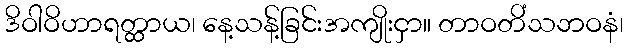
ဒိဝါဝိဟာရတ္ထာယ၊ နေ့သန့်ခြင်းအကျိုးငှာ။ တာဝတိံသဘဝနံ၊